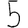
Digit: 5